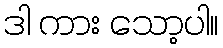
ဒါ ကား သော့ပါ။